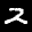
Label: 2